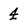
Character: 4